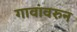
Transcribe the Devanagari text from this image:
गावांवरुन